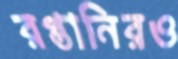
রপ্তানিরও